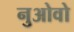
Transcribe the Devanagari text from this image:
नुओवो